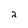
Character: 2